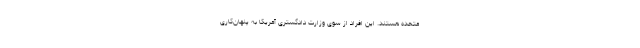
متحده هستند. این افراد از سوی وزارت دادگستری آمریکا به پنهان‌کاری